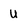
Character: u